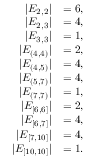
\begin{array} { r l } { | E _ { 2 , 2 } | } & { = 6 , } \\ { | E _ { 2 , 3 } | } & { = 4 , } \\ { | E _ { 3 , 3 } | } & { = 1 , } \\ { | E _ { ( 4 , 4 ) } | } & { = 2 , } \\ { | E _ { ( 4 , 5 ) } | } & { = 4 , } \\ { | E _ { ( 5 , 7 ) } | } & { = 4 , } \\ { | E _ { ( 7 , 7 ) } | } & { = 1 , } \\ { | E _ { [ 6 , 6 ] } | } & { = 2 , } \\ { | E _ { [ 6 , 7 ] } | } & { = 4 , } \\ { | E _ { [ 7 , 1 0 ] } | } & { = 4 , } \\ { | E _ { [ 1 0 , 1 0 ] } | } & { = 1 . } \end{array}